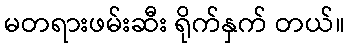
မတရားဖမ်းဆီး ရိုက်နှက် တယ်။